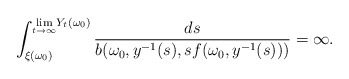
\begin{align*}\int_{\xi (\omega _{0})}^{\underset{t\rightarrow \infty }{\lim }Y_{t}(\omega_{0})}\frac{ds}{b(\omega _{0},y^{-1}(s),sf(\omega _{0},y^{-1}(s)))}=\infty .\end{align*}